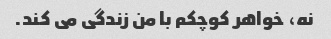
نه، خواهر کوچکم با من زندگی می کند.